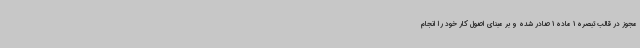
مجوز در قالب تبصره 1 ماده 1 صادر شده و بر مبنای اصول کار خود را انجام